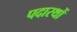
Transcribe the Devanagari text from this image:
पदारथों